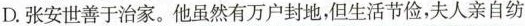
D.张安世善于治家。他虽然有万户封地，但生活节俭，夫人亲自纺